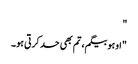
"
"اوہو بیگم، تم بھی حد کرتی ہو۔